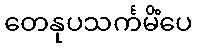
တေနုပသင်္ကမိံပေ